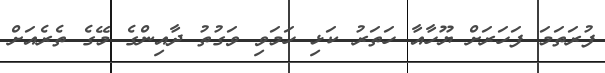
ފުރަތަމަ ފަހަރަށް ޔޫހާއާ ހަތަރު ކަޅި ހަމަވި ވަގުތު ދާއިންގެ މޭގެ ތެރެއަށް